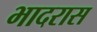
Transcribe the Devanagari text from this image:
भादरास